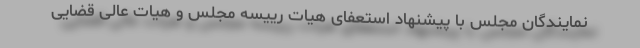
نمایندگان مجلس با پیشنهاد استعفای هیات رییسه مجلس و هیات عالی قضایی